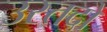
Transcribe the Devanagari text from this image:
उस्तदो